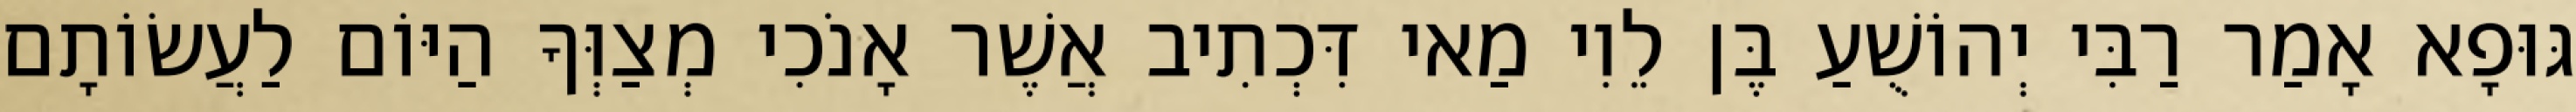
גּוּפָא אָמַר רַבִּי יְהוֹשֻׁעַ בֶּן לֵוִי מַאי דִּכְתִיב אֲשֶׁר אָנֹכִי מְצַוְּךָ הַיּוֹם לַעֲשׂוֹתָם